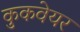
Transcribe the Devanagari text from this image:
कुकवेयर